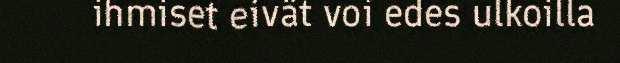
ihmiset eivät voi edes ulkoilla